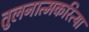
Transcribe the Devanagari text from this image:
तुलनात्मकरित्या